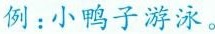
例：小鸭子游泳。